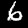
Label: 6